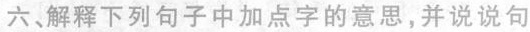
六、解释下列句子中加点字的意思，并说说句